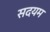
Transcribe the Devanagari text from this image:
सदयम